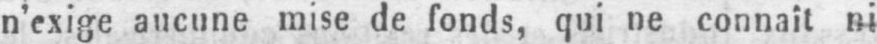
n’exige aucune mise de fonds, qui ne connaît ni